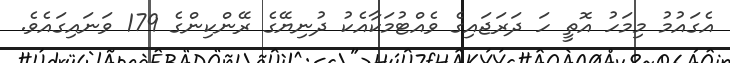
އެގައުމު މިމަހު އޮތީ ހަ ދަރަޖައިގެ ވެއްޓުމަކާއެކު ދުނިޔޭގެ ރޭންކިންގެ 179 ވަނައިގައެވެ.